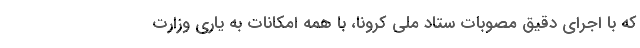
که با اجرای دقیق مصوبات ستاد ملی کرونا، با همه امکانات به یاری وزارت